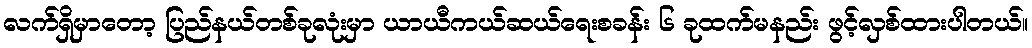
လက်ရှိမှာတော့ ပြည်နယ်တစ်ခုလုံးမှာ ယာယီကယ်ဆယ်ရေးစခန်း ၆ ခုထက်မနည်း ဖွင့်လှစ်ထားပါတယ်။